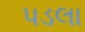
પડલા